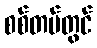
စစ်တပ်တွင်